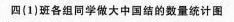
四(1)班各组同学做大中国结的数量统计图